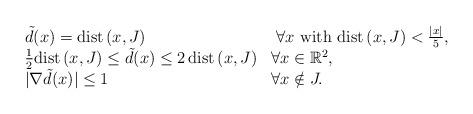
LaTeX: \begin{align*}\begin{array}{ll} {\tilde d}(x)={\rm dist}\,(x,J)&\mbox{ $\forall x$ with }{\rm dist}\,(x,J)<\frac{|x|}{5},\\ \frac12 {\rm dist}\, (x,J)\leq {\tilde d}(x)\leq 2\,{\rm dist}\, (x,J) & \forall x\in {\mathbb R}^2,\\ |\nabla {\tilde d}(x)|\leq 1 & \forall x\notin J.\end{array}\end{align*}